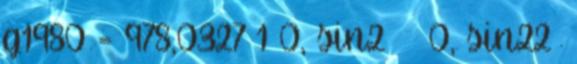
g1980 = 978,0327 1 0, sin2Φ − 0, sin22Φ